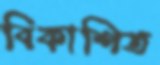
বিকাশিত